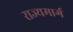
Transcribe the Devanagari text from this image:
राज्‍यमार्ग